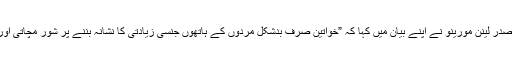
برطانوی نشریاتی ادارے کے مطابق صدر لینن مورینو نے اپنے بیان میں کہا کہ ”خواتین صرف بدشکل مردوں کے ہاتھوں جنسی زیادتی کا نشانہ بننے پر شور مچاتی اور پولیس میں رپورٹ درج کرواتی ہیں۔